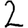
Digit: 2